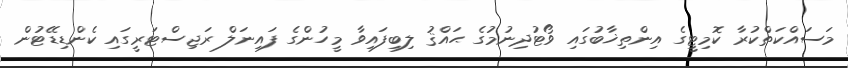
މަސައްކަތްކުރާ ކޮމިޓީގެ އިންތިޚާބުގައި ވޯޓުދިނުމުގެ ޙައްޤު ލިބިފައިވާ މީހުންގެ ފައިނަލް ރަޖިސްޓަރީގައި ކެންޑިޑޭޓުން